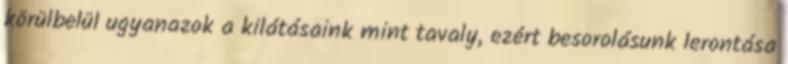
körülbelül ugyanazok a kilátásaink mint tavaly, ezért besorolásunk lerontása